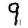
Digit: 9